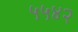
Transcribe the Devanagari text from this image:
५५४२